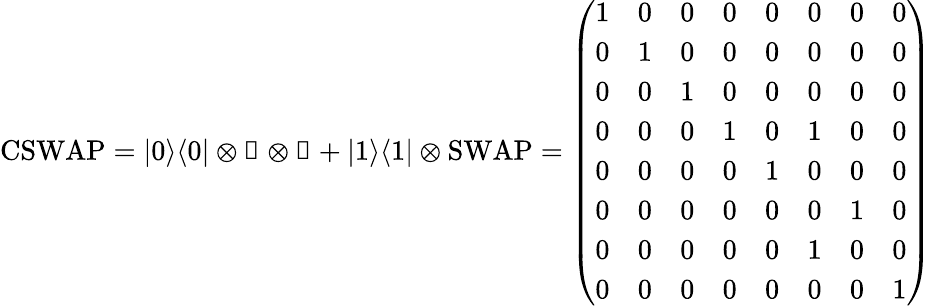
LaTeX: \mathrm{CSWAP}=|0\rangle\langle 0|\otimes\mathbb{1}\otimes\mathbb{1}+|1\rangle\langle 1|\otimes\mathrm{SWAP}=\left(\begin{array}{llllllll}{1}&{0}&{0}&{0}&{0}&{0}&{0}&{0}\\ {0}&{1}&{0}&{0}&{0}&{0}&{0}&{0}\\ {0}&{0}&{1}&{0}&{0}&{0}&{0}&{0}\\ {0}&{0}&{0}&{1}&{0}&{1}&{0}&{0}\\ {0}&{0}&{0}&{0}&{1}&{0}&{0}&{0}\\ {0}&{0}&{0}&{0}&{0}&{0}&{1}&{0}\\ {0}&{0}&{0}&{0}&{0}&{1}&{0}&{0}\\ {0}&{0}&{0}&{0}&{0}&{0}&{0}&{1}\end{array}\right)